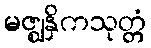
မဇ္ဈနှိကသုတ္တံ